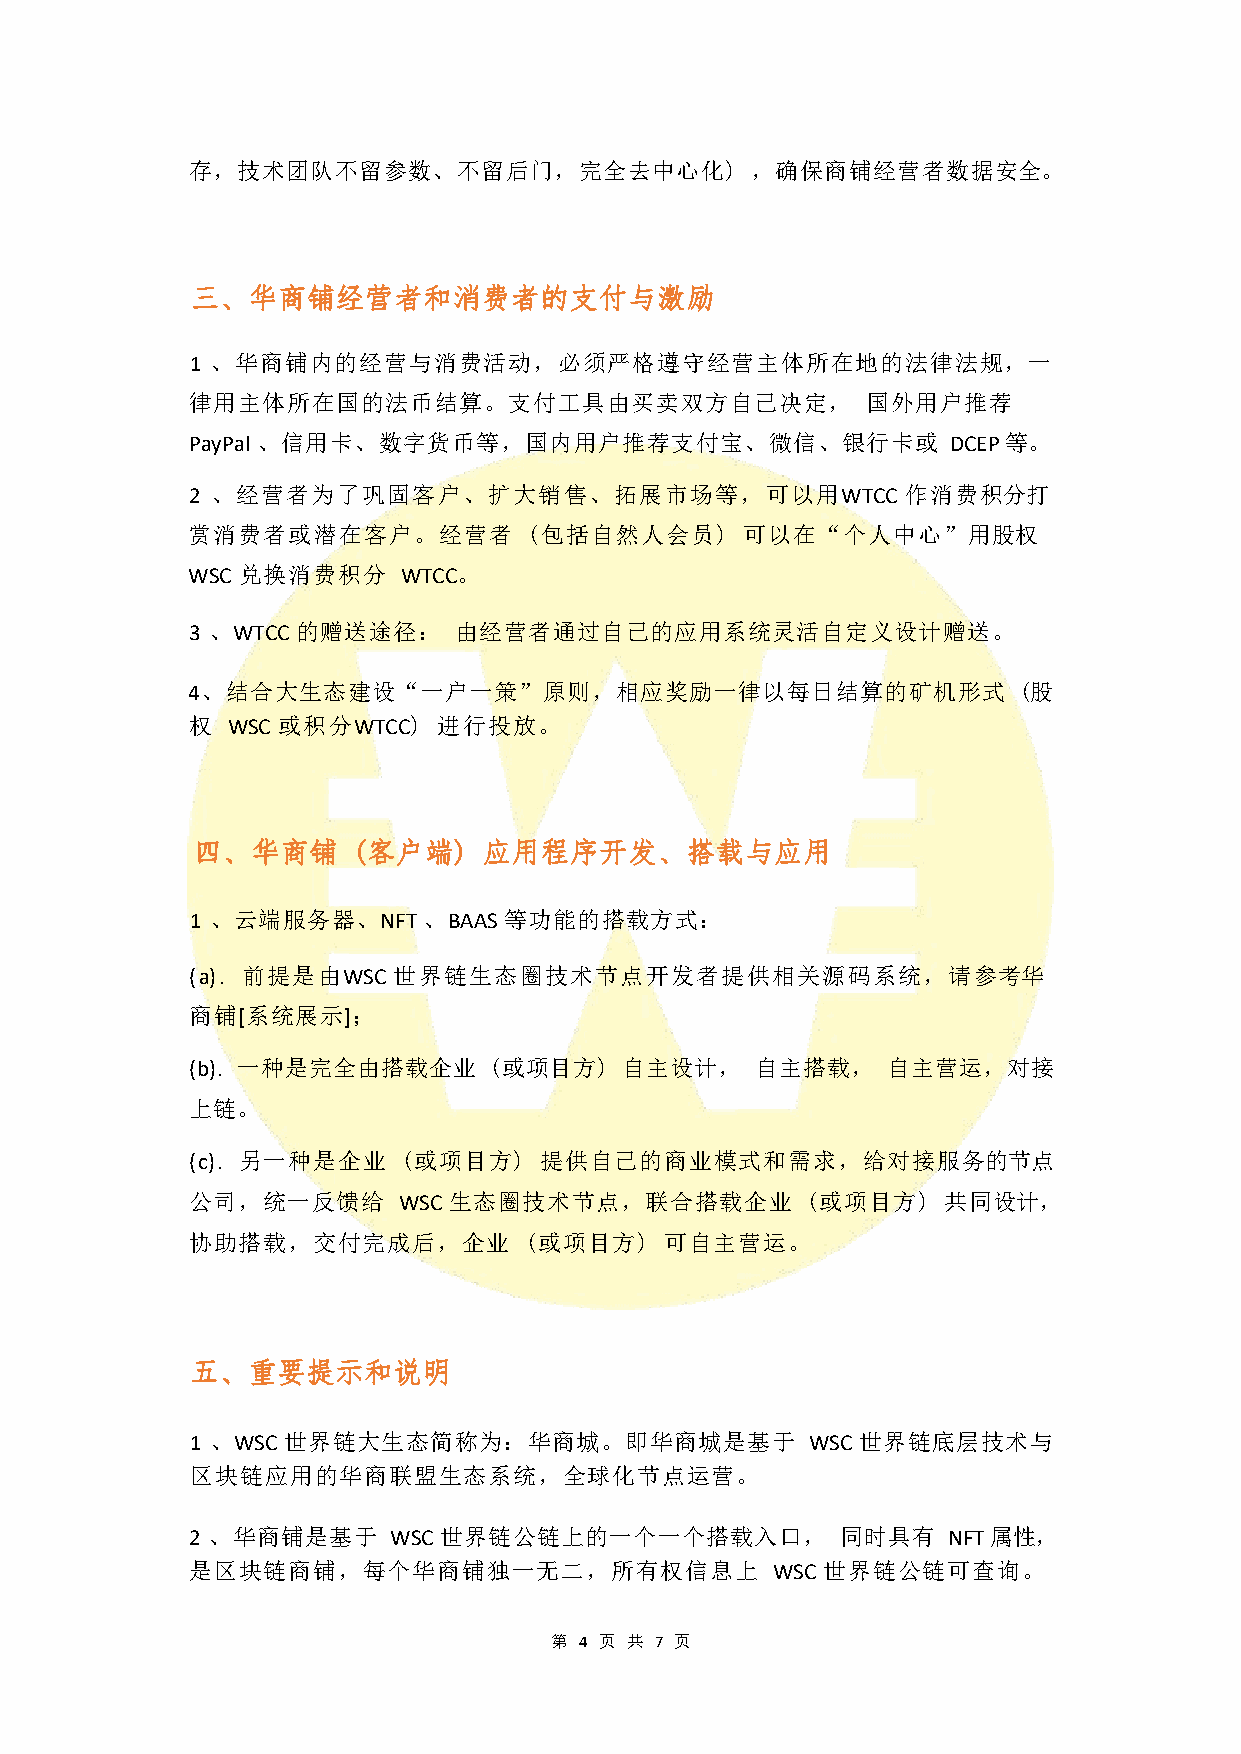
存，技术团队不留参数、不留后门，完全去中心化)               ，确保商铺经营者数据安全。
 1 、华商铺内的经营与消费活动，必须严格遵守经营主体所在地的法律法规，一
 律用主体所在国的法币结算。支付工具由买卖双方自己决定，                  国外用户推荐
 PayPal 、信用卡、数字货币等，国内用户推荐支付宝、微信、银行卡或                DCEP 等。
 2 、经营者为了巩固客户、扩大销售、拓展市场等，可以用WTCC                作消费积分打
 赏消费者或潜在客户。经营者          (包括自然人会员)     可以在“个人中心”用股权
 WSC 兑换消费积分     WTCC。
 3 、WTCC 的赠送途径：    由经营者通过自己的应用系统灵活自定义设计赠送。
 4、结合大生态建设“一户一策”原则，相应奖励一律以每日结算的矿机形式                     (股
 权  WSC 或积分WTCC)  进行投放。
 1 、云端服务器、NFT   、BAAS 等功能的搭载方式：
 (a). 前提是由WSC 世界链生态圈技术节点开发者提供相关源码系统，请参考华
 商铺[系统展示]；
 (b). 一种是完全由搭载企业    (或项目方)   自主设计，    自主搭载，    自主营运，对接
 上链。
 (c). 另一种是企业   (或项目方)   提供自己的商业模式和需求，给对接服务的节点
 公司，统一反馈给      WSC 生态圈技术节点，联合搭载企业         (或项目方)   共同设计，
 协助搭载，交付完成后，企业          (或项目方)   可自主营运。
 1 、WSC 世界链大生态简称为：华商城。即华商城是基于             WSC 世界链底层技术与
 区块链应用的华商联盟生态系统，全球化节点运营。
 2 、华商铺是基于    WSC 世界链公链上的一个一个搭载入口，          同时具有   NFT 属性，
 是区块链商铺，每个华商铺独一无二，所有权信息上               WSC 世界链公链可查询。
 第 4 页 共 7 页